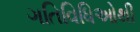
ગતિવિધિઓથી